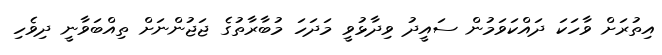
އިތުރަށް ވާހަކަ ދައްކަވަމުން ސައީދު ވިދާޅުވީ މަދަހަ މުބާރާތުގެ ޖަޖުންނަށް ތިއްބަވާނީ ދިވެހި